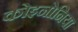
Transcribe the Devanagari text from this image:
कोइनोनिया